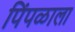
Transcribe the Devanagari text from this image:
पिंपळाला